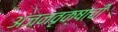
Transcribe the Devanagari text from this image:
अंजनवृक्षाची